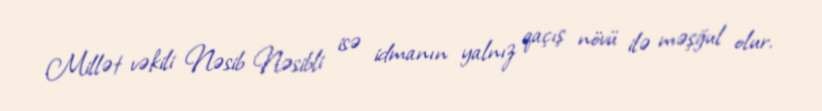
Millət vəkili Nəsib Nəsibli isə idmanın yalnız qaçış növü ilə məşğul olur.